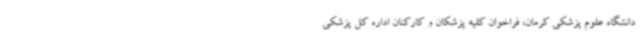
دانشگاه علوم پزشکی کرمان، فراخوان کلیه پزشکان و کارکنان اداره کل پزشکی